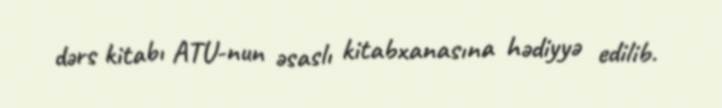
dərs kitabı ATU-nun əsaslı kitabxanasına hədiyyə edilib.